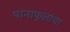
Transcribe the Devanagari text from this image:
पानाफुलांचा